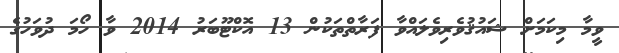
ވީމާ މިކަމަށް ޝައުޤުވެރިވެލައްވާ ފަރާތްތަކުން 13 އޮކްޓޫބަރު 2014 ވާ ހޯމަ ދުވަހުގެ